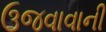
ઉજવાવાની